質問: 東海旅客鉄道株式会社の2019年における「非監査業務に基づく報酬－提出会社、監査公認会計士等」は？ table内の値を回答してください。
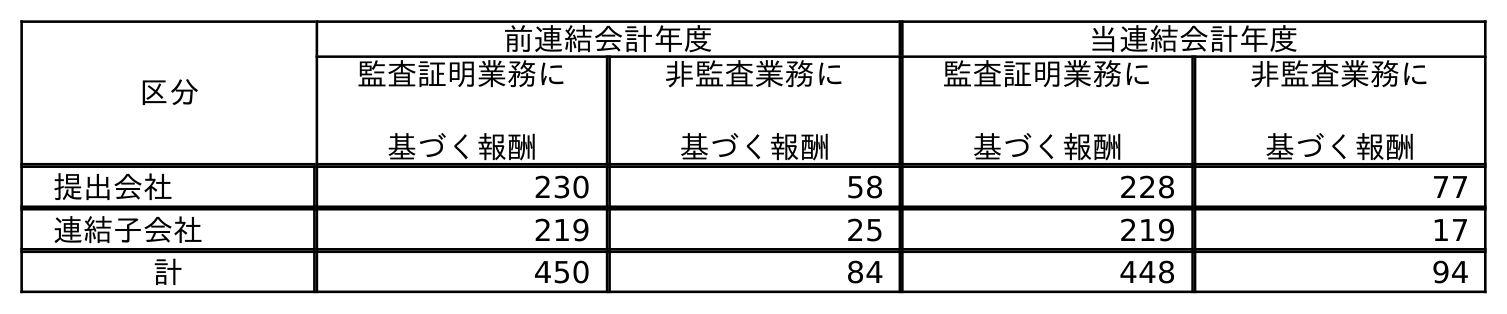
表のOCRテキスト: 区分 前連結会計年度 当連結会計年度 監査証明業務に 基づく報酬 非監査業務に 基づく報酬 監査証明業務に 基づく報酬 非監査業務に 基づく報酬 提出会社 230 58 228 77 連結子会社 219 25 219 17 計 450 84 448 94
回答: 58